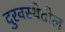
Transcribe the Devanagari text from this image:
दुरवस्थेतील